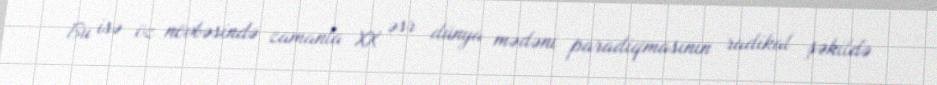
Bu isə öz növbəsində zamanla XX əsr dünya mədəni paradiqmasının radikal şəkildə